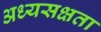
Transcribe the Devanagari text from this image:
अध्यसक्षता